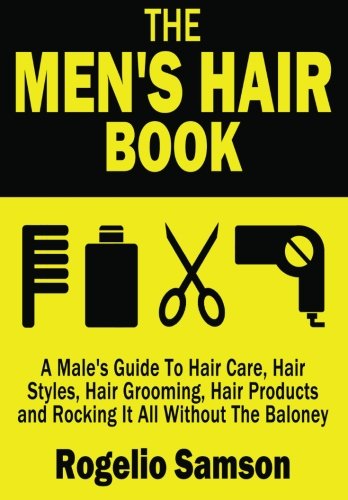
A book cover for The Men's Hair Book: A Male's Guide To Hair Care, Hair Styles, Hair Grooming, Hair Products and Rocking It All Without The Baloney; Rogelio Samson; Health, Fitness & Dieting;